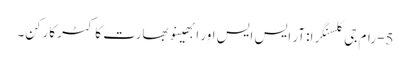
5- رام جی کلسنگرا: آر ایس ایس اور ابھینو بھارت کا کٹر کارکن۔